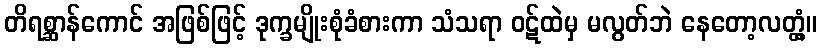
တိရစ္ဆာန်ကောင် အဖြစ်ဖြင့် ဒုက္ခမျိုးစုံခံစားကာ သံသရာ ဝဋ်ထဲမှ မလွတ်ဘဲ နေတော့လတ္တံ့။